[Report on the health of British troops in the Madras command]
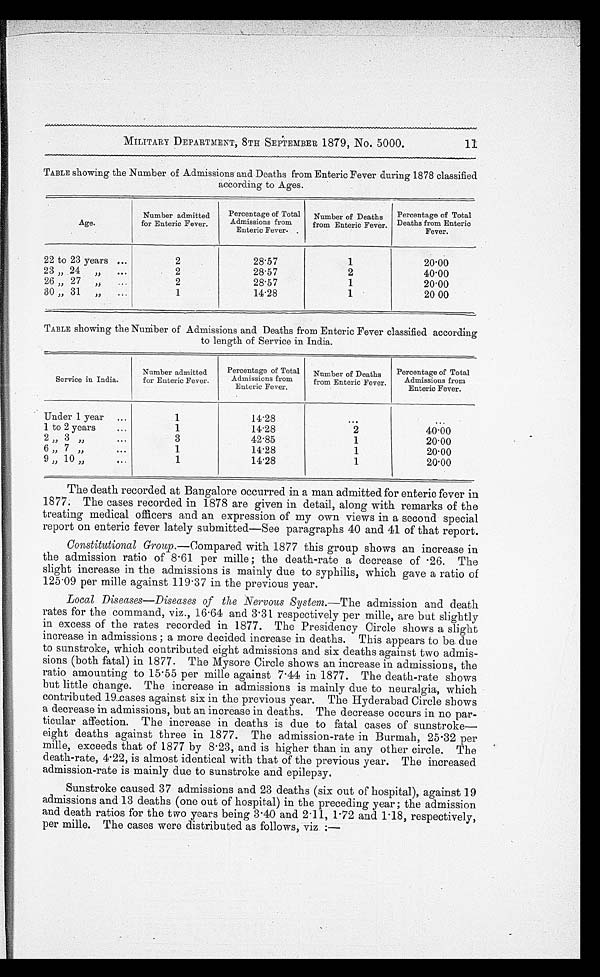
11
MILITARY DEPARTMENT, 8TH SEPTEMBER 1879, No. 5000.
TABLE showing the Number of Admissions and Deaths from Enteric Fever during 1878 classified
according to Ages.
Age.
Number admitted
for Enteric Fever.
Percentage of Total
Admissions from
Enteric Fever.
Number of Deaths
from Enteric Fever.
Percentage of Total
Deaths from Enteric
Fever.
22 to 23 years . . .
2
28.57
1
20.00
23 " 24 " . . .
2
28.57
2
40.00
26 " 27 " . . .
2
28.57
1
20.00
30 " 31
" . . .
1
14.28
1
20.00
TABLE showing the Number of Admissions and Deaths from Enteric Fever classified according
to length of Service in India.
Service in India.
Number admitted
for Enteric Fever.
Percentage of Total
Admissions from
Enteric Fever.
Number of Deaths
from Enteric Fever.
Percentage of Total
Admissions from
Enteric Fever.
Under 1 year . . .
1
14.28
. . .
. . .
1 to 2 years . . .
1
14.28
2
40.00
2 " 3
" . . .
3
42.85
1
20.00
6 " 7
" . . .
1
14.28
1
20.00
9 " 10 " . . .
1
14.28
1
20.00
The death recorded at Bangalore occurred in a man admitted for enteric fever in
1877. The cases recorded in 1878 are given in detail, along with remarks of the
treating medical officers and an expression of my own views in a second special
report on enteric fever lately submitted—See paragraphs 40 and 41 of that report.
Constitutional Group .—Compared with 1877 this group shows an increase in
the admission ratio of 8.61 per mille; the death-rate a decrease of 26. The
slight increase in the admissions is mainly due to syphilis, which gave a ratio of
125.09 per mile against 119.37 in the previous year.
Local Diseases—Diseases of the Nervous System.— The admission and death
rates for the command, viz., 16.64 and 3.31 respectively per mille, are but slightly
in excess of the rates recorded in 1877. The Presidency Circle shows a slight
increase in admissions ; a more decided increase in deaths. This appears to be due
to sunstroke, which contributed eight admissions and six deaths against two admis-
sions (both fatal) in 1877. The Mysore Circle shows an increase in admissions, the
ratio amounting to 15.55 per mile against 7.44 in 1877. The death-rate shows
but little change. The increase in admissions is mainly due to neuralgia, which
c o n t r i b u t e d 1 9 . c a s e s a g a i n s t s i x i n t h e p r e v i o u s y e a r . Th e Hy d e r a b a d Ci r c l e s h o ws
a decrease in admissions, but an increase in deaths. The decrease occurs in no par--
ticular affection. The increase in deaths is due to fatal cases of sunstroke—
eight deaths against three in 1877. The admission-rate in Burmah, 25.32 per
mille, exceeds that of 1877 by 8.23, and is higher than in any other circle. The
death-rate, 4.22, is almost identical with that of the previous year. The increased
admission-rate is mainly due to sunstroke and epilepsy.
Sunstroke caused 37 admissions and 23 deaths (six out of hospital), against 19
admissions and 13 deaths (one out of hospital) in the preceding year ; the admission
and death ratios for the two years being 3.40 and 2.11, 1.72 and 1.18, respectively,
per mile. The cases were distributed as follows, viz :—